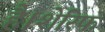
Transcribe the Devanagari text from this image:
है।शेरिफ